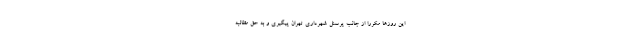
این روز‌ها مکررا از جانب پرسنل شهرداری تهران پیگیری و به حق مطالبه